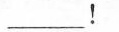
___！